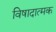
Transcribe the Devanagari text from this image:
विषादात्मक